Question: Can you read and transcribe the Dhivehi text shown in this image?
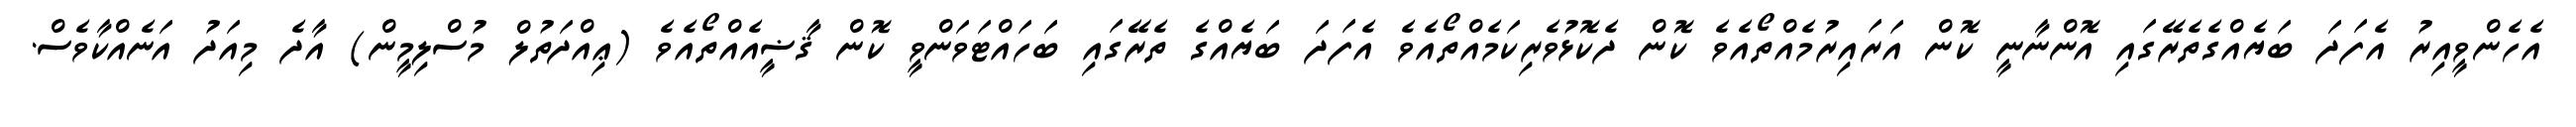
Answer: އެހެންވީއިރު އެފަދަ ބަޔެއްގެތެރޭގައި އޮންނާނީ ކޮން އަރައިރުމެއްތޯއެވެ ކޮން ދެކޮޅުވެރިކަމެއްތޯއެވެ އެފަދަ ބަޔެއްގެ ތެރޭގައި ބަހައްޓަވަންވީ ކޮން ޤާޟީއެއްތޯއެވެ (ޢިއްދަތުލް މުސްލިމީން) އާދެ މިއަދު އަނެއްކާވެސް.